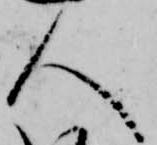
人